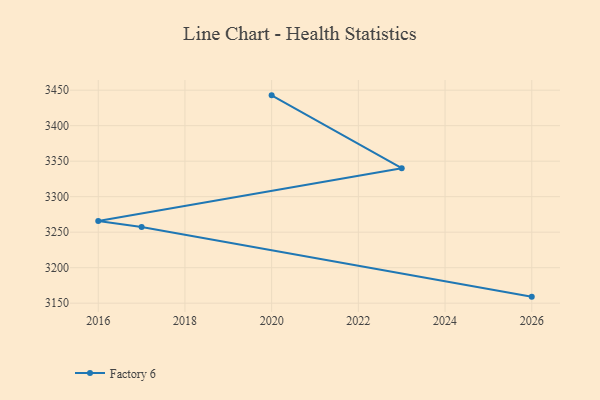
{"axis": {"x": "Year", "y": "Inventory Turnover"}, "legend": ["Factory 6"], "data": [{"x": "2026", "y": 3159.2, "type": "Factory 6"}, {"x": "2017", "y": 3257.3, "type": "Factory 6"}, {"x": "2016", "y": 3265.8, "type": "Factory 6"}, {"x": "2023", "y": 3340.1, "type": "Factory 6"}, {"x": "2020", "y": 3442.7, "type": "Factory 6"}]}